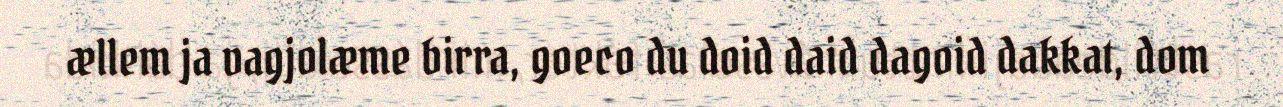
ællem ja vagjolæme birra, goeco du doid daid dagoid dakkat, dom